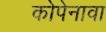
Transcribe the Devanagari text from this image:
कोपेनावा